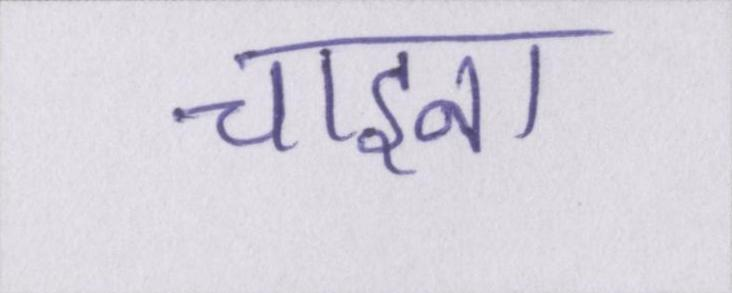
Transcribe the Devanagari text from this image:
चाइना